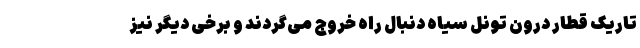
تاریک قطار درون تونل سیاه دنبال راه خروج می‌گردند و برخی دیگر نیز